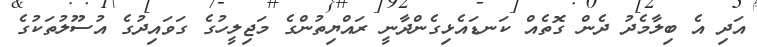
އަދި އެ ބިލާމެދު ދެން ގޮތެއް ކަނޑައެޅިގެންދާނީ ރައްޔިތުންގެ މަޖިލީހުގެ ގަވައިދުގެ އުސޫލުތަކުގެ